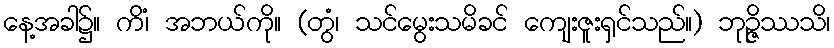
နေ့အခါ၌။ ကိံ၊ အဘယ်ကို။ (တွံ၊ သင်မွေးသမိခင် ကျေးဇူးရှင်သည်။) ဘုဉ္ဇိဿသိ၊